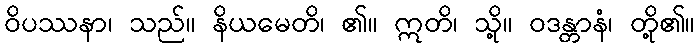
ဝိပဿနာ၊ သည်။ နိယမေတိ၊ ၏။ ဣတိ၊ သို့။ ဝဒန္တာနံ၊ တို့၏။